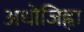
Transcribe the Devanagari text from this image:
अधोजिह्वा